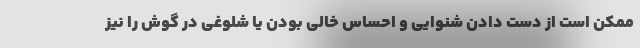
ممکن است از دست دادن شنوایی و احساس خالی بودن یا شلوغی در گوش را نیز